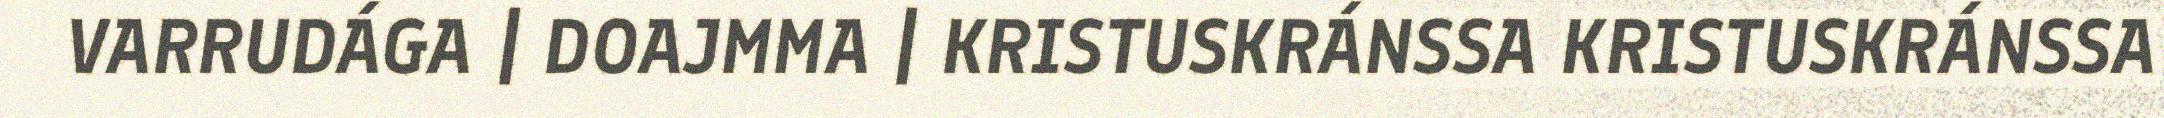
VARRUDÁGA | DOAJMMA | KRISTUSKRÁNSSA KRISTUSKRÁNSSA